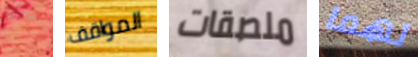
البستان المواقف ملصقات لهما